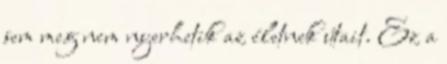
sem meg nem nyerhetik az életnek útait. Ez a